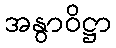
အနွာဝိဋ္ဌာ